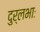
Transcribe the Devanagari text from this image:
दुर्लभाः